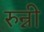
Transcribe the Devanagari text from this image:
रुन्नी